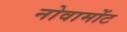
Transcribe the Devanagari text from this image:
नोवामोंट